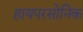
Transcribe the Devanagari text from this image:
हायपरसोनिक